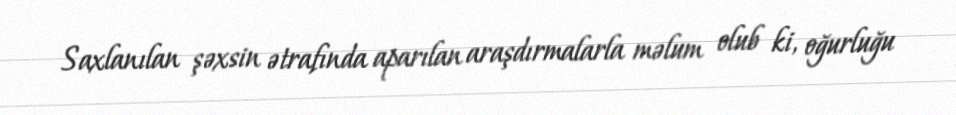
Saxlanılan şəxsin ətrafında aparılan araşdırmalarla məlum olub ki, oğurluğu